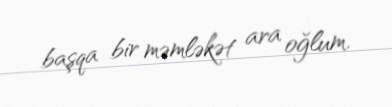
başqa bir məmləkət ara oğlum.